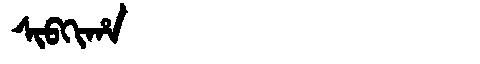
Manchu: ᠰᡳᠪᡴᡳᡥᠠ
Romanization: SIBKIHA